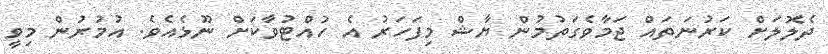
ދެލޮލަށް ކަރުނަތައް ޖަމާވެގަތުމުން ޔާޝް މިފަހަރު އެ ހުއްޓުވާކަށް ނޫޅެއެވެ. އުމުރުން މިވީ